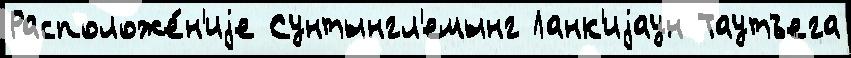
Расположе́н'иjе Сунтынгл'емынг Ланк'иjаун Таутъега